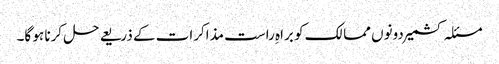
مسئلہ کشمیر دونوں ممالک کو براہِ راست مذاکرات کے ذریعے حل کرنا ہو گا۔